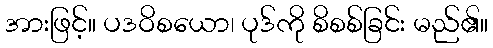
အားဖြင့်။ ပဒဝိစယော၊ ပုဒ်ကို စိစစ်ခြင်း မည်၏။